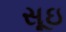
સૂઇ